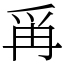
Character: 爯